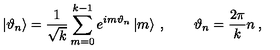
\left| \vartheta _ { n } \right\rangle = \frac { 1 } { \sqrt { k } } \sum _ { m = 0 } ^ { k - 1 } e ^ { i m \vartheta _ { n } } \left| m \right\rangle \: , \qquad \vartheta _ { n } = \frac { 2 \pi } { k } n \: ,